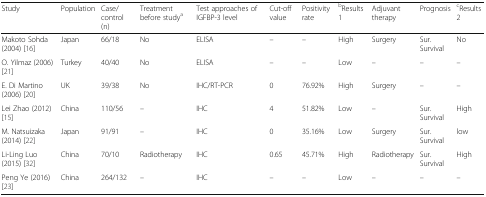
| Study | Population | Case/control (n) | Treatment before studya | Test approaches of IGFBP-3 level | Cut-off value | Positivity rate | bResults 1 | Adjuvant therapy | Prognosis | cResults 2 |
 | --- | --- | --- | --- | --- | --- | --- | --- | --- | --- | --- |
 | Makoto Sohda (2004) [16] | Japan | 66/18 | No | ELISA | – | – | High | Surgery | Sur. Survival | No |
 | O. Yilmaz (2006) [21] | Turkey | 40/40 | No | ELISA | – | – | Low | – | – | – |
 | E. Di Martino (2006) [20] | UK | 39/38 | No | IHC/RT-PCR | 0 | 76.92% | High | Surgery | – | – |
 | Lei Zhao (2012) [15] | China | 110/56 | – | IHC | 4 | 51.82% | Low | – | Sur. Survival | High |
 | M. Natsuizaka (2014) [22] | Japan | 91/91 | – | IHC | 0 | 35.16% | Low | Surgery | Sur. Survival | low |
 | Li-Ling Luo (2015) [32] | China | 70/10 | Radiotherapy | IHC | 0.65 | 45.71% | High | Radiotherapy | Sur. Survival | High |
 | Peng Ye (2016) [23] | China | 264/132 | – | IHC | – | – | Low | – | – | – |